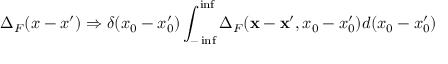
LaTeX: \Delta _ { F } ( x - x ^ { \prime } ) \Rightarrow \delta ( x _ { 0 } - x _ { 0 } ^ { \prime } ) \int _ { - \operatorname * { i n f } } ^ { \operatorname * { i n f } } \Delta _ { F } ( { \bf x - x ^ { \prime } } , x _ { 0 } - x _ { 0 } ^ { \prime } ) d ( x _ { 0 } - x _ { 0 } ^ { \prime } )